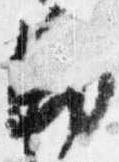
勅